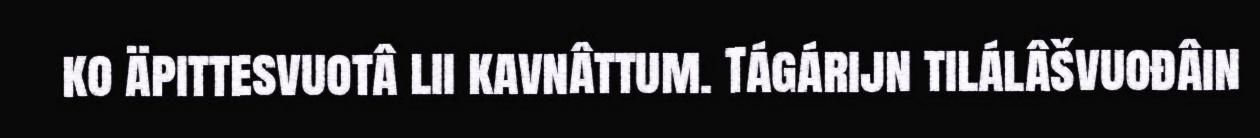
ko äpittesvuotâ lii kavnâttum. Tágárijn tilálâšvuođâin